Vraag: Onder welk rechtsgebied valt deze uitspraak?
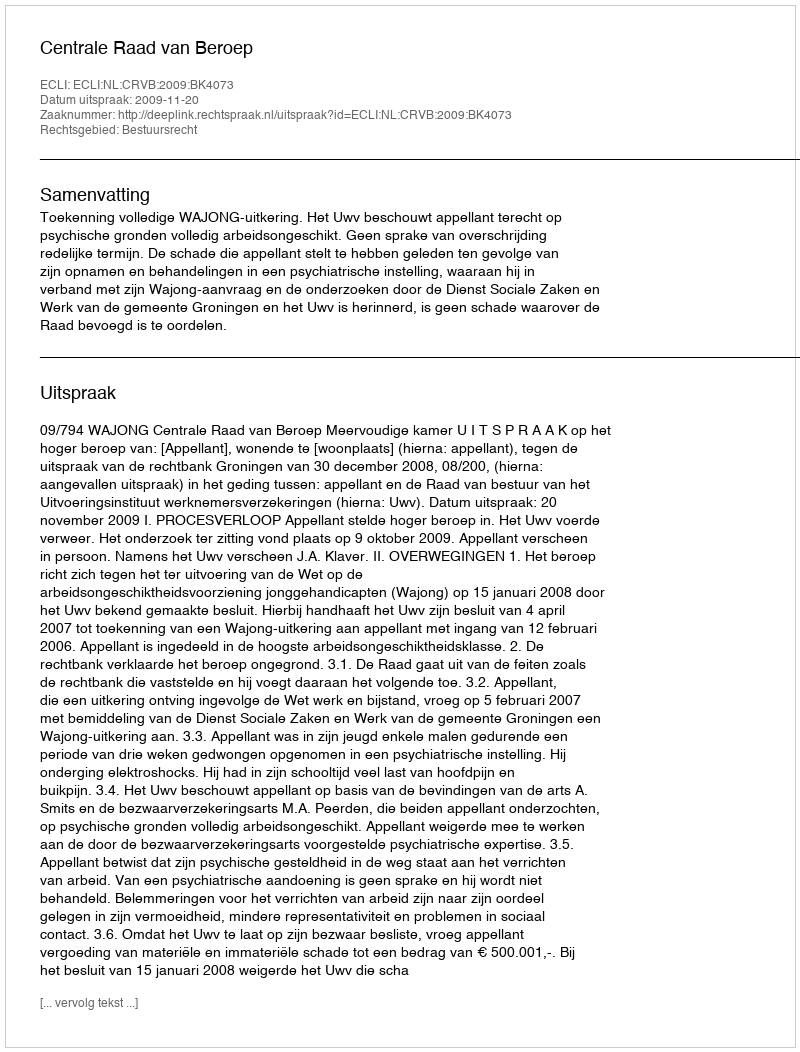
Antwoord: Bestuursrecht